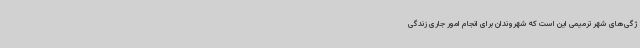
ژگی‌های شهر ترمیمی این است که شهروندان برای انجام امور جاری زندگی